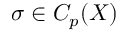
\sigma \in C _ { p } ( X )